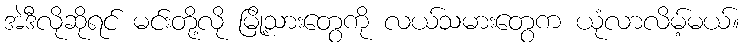
အဲဒီလိုဆိုရင် မင်းတို့လို မြို့သားတွေကို လယ်သမားတွေက ယုံလာလိမ့်မယ်။